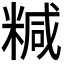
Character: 𥻇